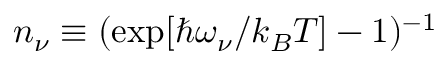
n _ { \nu } \equiv ( \exp [ \hbar \omega _ { \nu } / k _ { B } T ] - 1 ) ^ { - 1 }